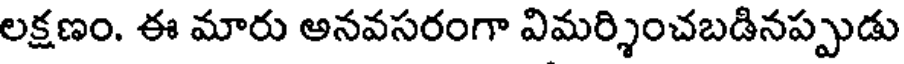
లక్షణం. ఈ మారు అనవసరంగా విమర్శించబడినప్పుడు